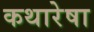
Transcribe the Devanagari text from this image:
कथारेषा